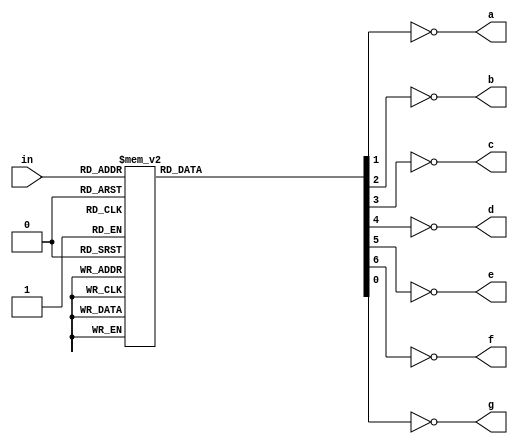
`timescale 1ns / 1ps

module digdec(
   input [3:0]in,
   output reg a, b, c, d, e, f, g
);

always @(*) begin
    a = 0;
    b = 0;
    c = 0;
    d = 0;
    e = 0;
    f = 0;
    g = 0;   
    case (in) 
         0: begin
            a = 1;            
            b = 1;
            c = 1;
            d = 1;
            e = 1;
            f = 1;  
         end
         
         1: begin
            c = 1; 
            b = 1;  
         end
         
         2: begin
            a = 1; 
            b = 1;  
            d = 1; 
            e = 1;  
            g = 1; 
         end
         
         3: begin
            a = 1; 
            b = 1; 
            c = 1; 
            d = 1;  
            g = 1; 
         end
         
         4: begin 
            b = 1; 
            c = 1;  
            f = 1; 
            g = 1; 
         end
         
         5: begin
            a = 1;  
            c = 1; 
            d = 1;  
            f = 1; 
            g = 1; 
         end
         
         6: begin
            a = 1; 
            c = 1; 
            d = 1; 
            e = 1; 
            f = 1; 
            g = 1; 
         end
         
         7: begin
            a = 1; 
            b = 1; 
            c = 1; 
         end
         
         8: begin
            a = 1; 
            b = 1; 
            c = 1; 
            d = 1; 
            e = 1; 
            f = 1; 
            g = 1; 
         end
         
         9: begin
            a = 1; 
            b = 1; 
            c = 1; 
            d = 1;  
            f = 1; 
            g = 1; 
         end
         
         default: begin
            a = 1;
            d = 1;
            e = 1;
            f = 1;
            g = 1;
         end
    endcase  
    a = ~a;
    b = ~b;
    c = ~c;
    d = ~d;
    e = ~e;
    f = ~f;
    g = ~g;     
end

endmodule 

module dec(
    input [1:0]a,
    output reg [3:0]b
);
    always @(*) begin
        b = 0;
        case (a)
            0: b = 1;
            1: b = 2;
            2: b = 4;
            3: b = 8;
            default: b = 15; 
        endcase
     end
endmodule

module cnt(
    input clk,
    output reg [1:0] o
);

initial o = 0;

always @(posedge clk)
    o = o + 1;
    
endmodule

module top(
    input [3:0]in0, in1, in2, in3,
    input clk,
    output [3:0]dout,
    output a, b, c, d, e, f, g
);

reg [3:0]muxout;
wire [1:0]cntout;

always @(posedge clk) begin
    case (cntout)
        0: muxout = in0;
        1: muxout = in1;
        2: muxout = in2;
        3: muxout = in3;
        default: muxout = 0;
    endcase
end

digdec digdec(
 .in(muxout),
 .a(a),
 .b(b),
 .c(c),
 .d(d),
 .e(e),
 .f(f),
 .g(g)
);

dec dec(
 .a(cntout),
 .b(dout)
);

cnt cnt(
    .clk(clk),
    .o(cntout)
);
endmodule


//module tb();

//reg clk = 0;
//reg [3:0]in0, in1, in2, in3;

//wire [3:0]dout;
//wire a, b, c, d, e, f, g;

//initial begin
//    in0 = 5; in1 = 2; in2 = 0; in3 = 8;
//    repeat(25)
//        #10 clk = ~clk;
        
//     #10 $finish;
//end

//top top(
//    .clk(clk),
//    .in0(in0),
//    .in1(in1),
//    .in2(in2),
//    .in3(in3),
//    .a(a), .b(b), .c(c), .d(d), .e(e), .f(f), .g(g),
//    .dout(dout)
//);
//endmodule